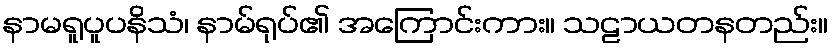
နာမရူပူပနိသံ၊ နာမ်ရုပ်၏ အကြောင်းကား။ သဠာယတနတည်း။